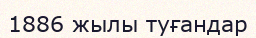
1886 жылы туғандар